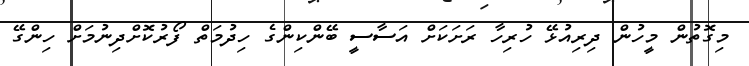
މިގޮތުން މީހުން ދިރިއުޅޭ ހުރިހާ ރަށަކަށް އަސާސީ ބޭންކިންގެ ހިދުމަތް ފޯރުކޮށްދިނުމަށް ހިންގޭ